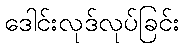
ဒေါင်းလုဒ်လုပ်ခြင်း